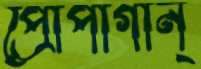
প্রোপাগান্